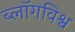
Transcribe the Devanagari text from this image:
ब्लॉगविश्व